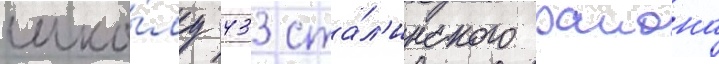
шко́лу 433 ста́л'инского раиона